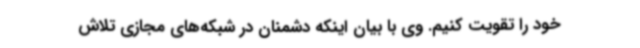
خود را تقویت کنیم. وی با بیان اینکه دشمنان در شبکه‌های مجازی تلاش